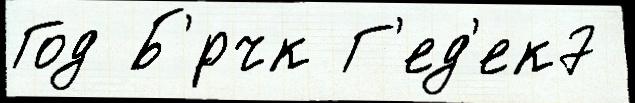
Год Б'́рчк Г'ед'ек7